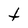
Character: t